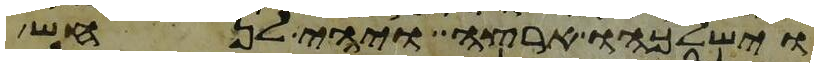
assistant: וישלכהו ארצה ויהי לנחש